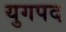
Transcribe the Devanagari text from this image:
युगपद